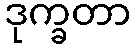
ဒုက္ခတာ